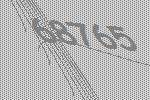
68765